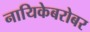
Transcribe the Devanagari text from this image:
नायिकेबरोबर